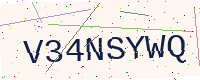
Text: V34NSYWQ